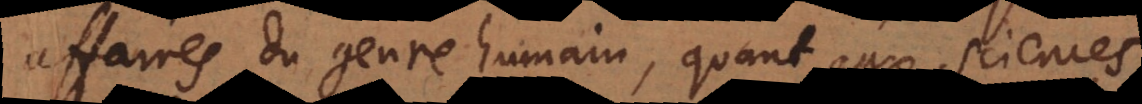
affaires du genre humain, quant aux sciences